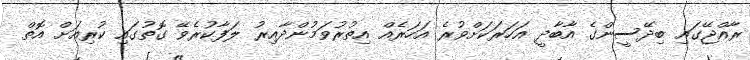
ރާއްޖޭގައި ބިދޭސީންގެ އާބާދީ އަހަރަކަށްވުރެ އަހަރެއް އިތުރުވަމުންދާއިރު ލަފާކުރެވޭ ގޮތުގައި ކުރިއަށް އޮތް